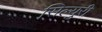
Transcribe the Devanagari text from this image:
सिल्युरी